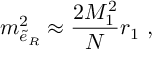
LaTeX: m _ { \tilde { e } _ { R } } ^ { 2 } \approx \frac { 2 M _ { 1 } ^ { 2 } } { N } r _ { 1 } \ ,